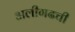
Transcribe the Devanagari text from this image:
अलीगढची